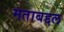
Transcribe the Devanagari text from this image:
मताबद्दल